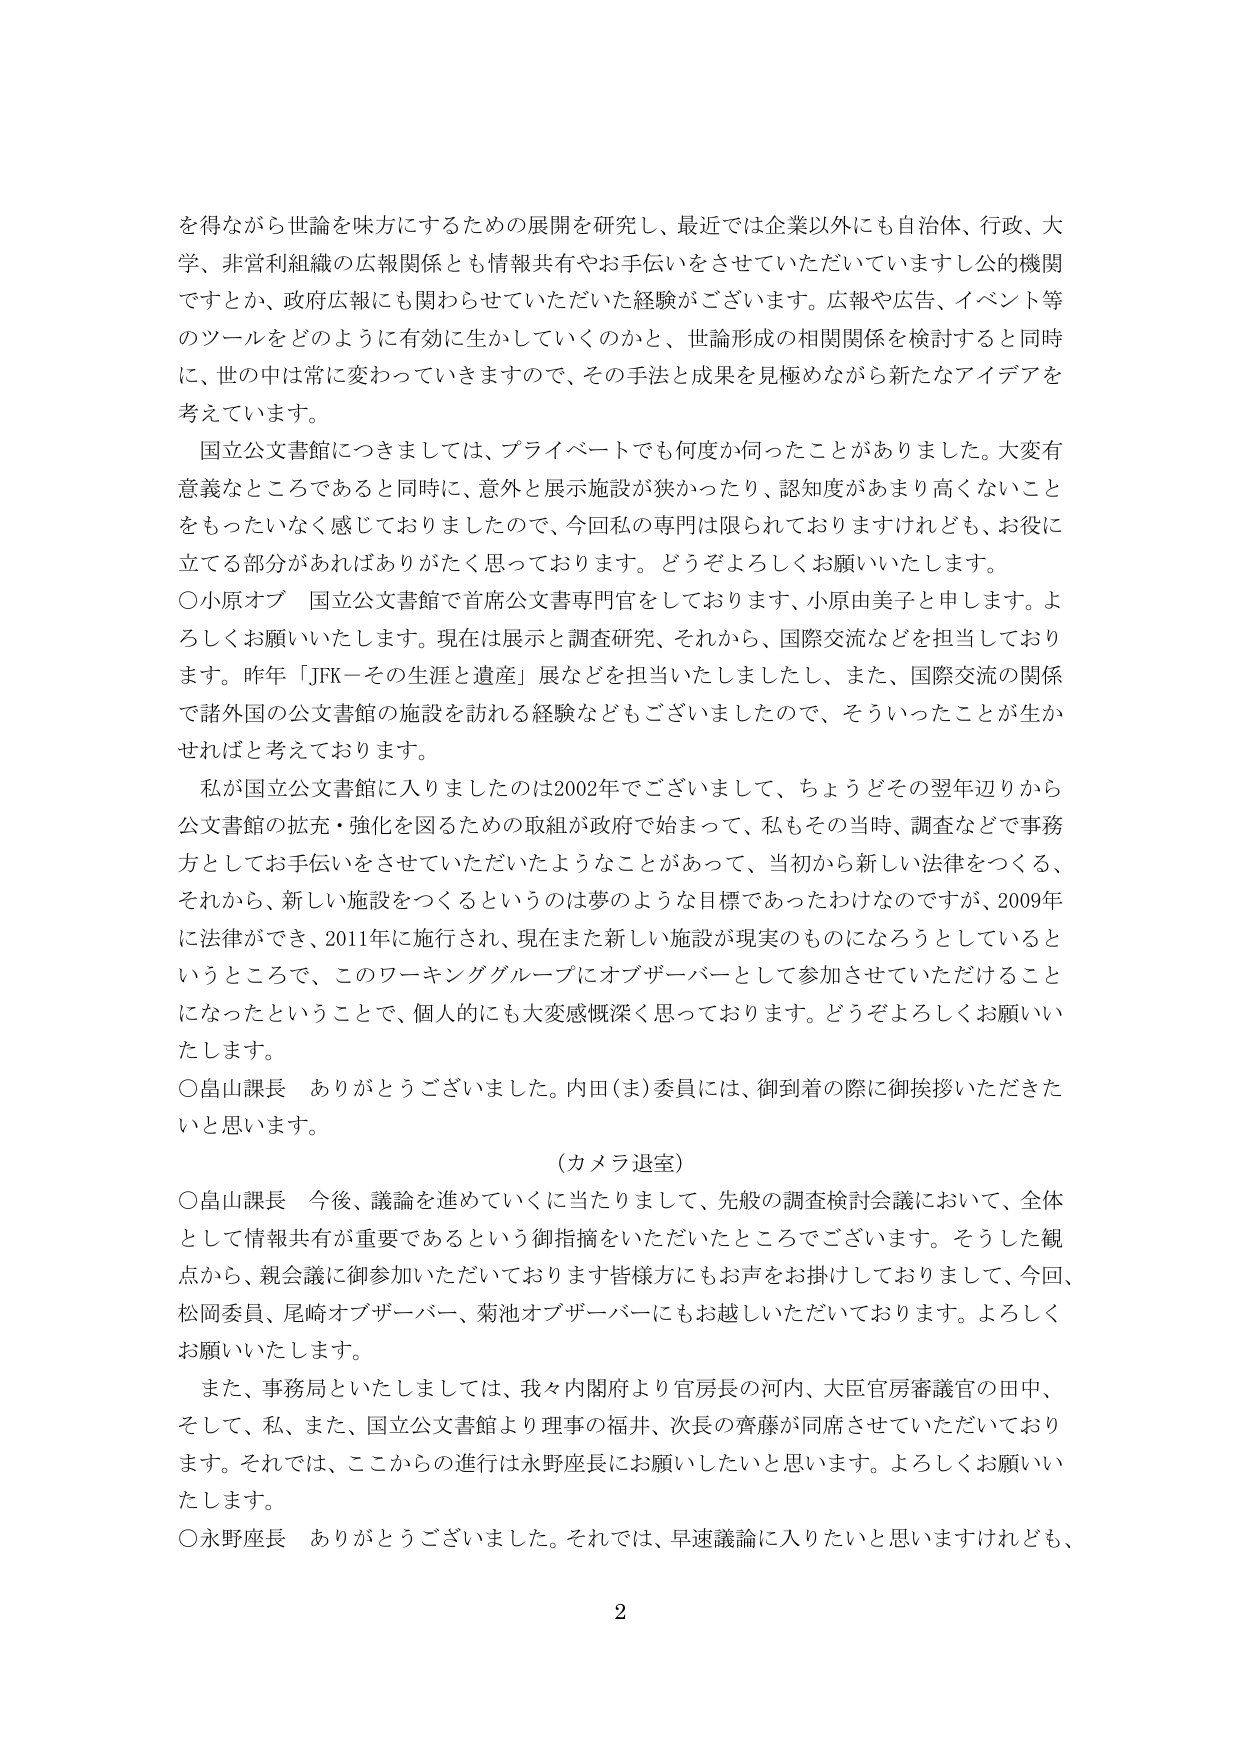
を得ながら世論を味方にするための展開を研究し、最近では企業以外にも自治体、行政、大学、非営利組織の広報関係とも情報共有やお手伝いをさせていただいていますし公的機関ですとか、政府広報にも関わらせていただいた経験がございます。広報や広告、イベント等のツールをどのように有効に生かしていくのかと、世論形成の相関関係を検討すると同時に、世の中は常に変わっていきますので、その手法と成果を見極めながら新たなアイデアを考えております。

国立公文書館につきましては、プライベートでも何度か伺ったことがありました。大変有意義なところであると同時に、意外と展示施設が狭かったり、認知度があまり高くないことをもったいなく感じておりましたので、今回私の専門は限られておりますけれども、お役に立てる部分があればありがたく思っております。どうぞよろしくお願いいたします。

○小原オブ　国立公文書館で首席公文書専門官をしております、小原由美子と申します。よろしくお願いいたします。現在は展示と調査研究、それから、国際交流などを担当しております。昨年「JFK－その生涯と遺産」展などを担当いたしましたし、また、国際交流の関係で諸外国の公文書館の施設を訪れる経験などもございましたので、そういったことが生かせればと考えております。

私が国立公文書館に入りましたのは2002年でございまして、ちょうどその翌年辺りから公文書館の拡充・強化を図るための取組が政府で始まって、私もその当時、調査などで事務方としてお手伝いをさせていただいたようなことがあって、当初から新しい法律をつくる、それから、新しい施設をつくるというのは夢のような目標であったわけなのですが、2009年に法律ができ、2011年に施行され、現在また新しい施設が現実のものになろうとしているというところで、このワーキンググループにオブザーバーとして参加させていただけることになったということで、個人的にも大変感慨深く思っております。どうぞよろしくお願いいたします。

○畠山課長　ありがとうございました。内田(ま)委員には、御到着の際に御挨拶いただきたいと思います。

（カメラ退室）

○畠山課長　今後、議論を進めていくに当たりまして、先般の調査検討会議において、全体として情報共有が重要であるという御指摘をいただいたところでございます。そうした観点から、親会議に御参加いただいております皆様方にもお声をお掛けしておりまして、今回、松岡委員、尾崎オブザーバー、菊池オブザーバーにもお越しいただいております。よろしくお願いいたします。

また、事務局といたしましては、我々内閣府より官房長の河内、大臣官房審議官の田中、そして、私、また、国立公文書館より理事の福井、次長の齊藤が同席させていただいております。それでは、ここからの進行は永野座長にお願いしたいと思います。よろしくお願いいたします。

○永野座長　ありがとうございました。それでは、早速議論に入りたいと思いますけれども、

2